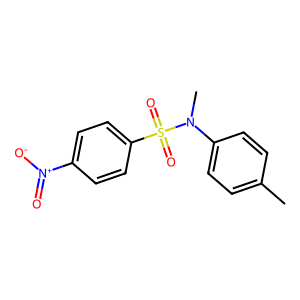
SMILES: Cc1ccc(N(C)S(=O)(=O)c2ccc([N+](=O)[O-])cc2)cc1
Inhibits HIV replication: No